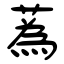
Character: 蒍